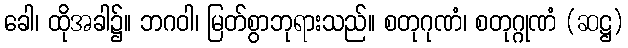
ခေါ၊ ထိုအခါ၌။ ဘဂဝါ၊ မြတ်စွာဘုရားသည်။ စတုဂုဏံ၊ စတုဂ္ဂုဏံ (ဆဋ္ဌ)